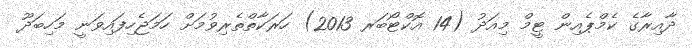
ދާއިރާގެ ކެމްޕެއިން ޓީމް މިއަދު (14 އޮކްޓޯބަރ 2013) ހަރަކާތްތެރިވުމަށް ހަމަޖެހިފައިވަނީ މަހިބަދޫ